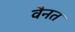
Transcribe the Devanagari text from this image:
वैनत